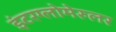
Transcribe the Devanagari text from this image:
इंटरग्लोमेरुलर